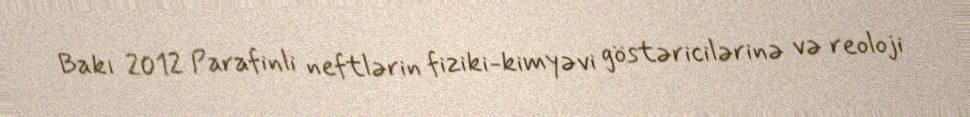
Bakı 2012 Parafinli neftlərin fiziki-kimyəvi göstəricilərinə və reoloji